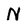
Character: N